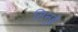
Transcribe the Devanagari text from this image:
सिनुहे